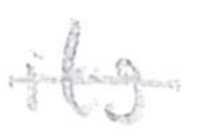
Text: its
Cross-out: single-line
Writing tool: pencil